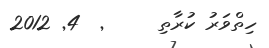
ހިތްވަރު ކުރާތި